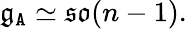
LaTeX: \mathfrak{g}_{\mathtt{A}}\simeq\mathfrak{so}(n-1).